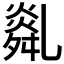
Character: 𦧿